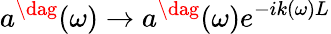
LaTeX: a^{\dag}(\omega)\rightarrow a^{\dag}(\omega)e^{-ik(\omega)L}